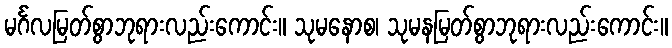
မင်္ဂလမြတ်စွာဘုရားလည်းကောင်း။ သုမနောစ၊ သုမနမြတ်စွာဘုရားလည်းကောင်း။